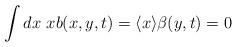
LaTeX: \begin{align*} \int dx \ xb(x,y,t)=\langle x \rangle\beta(y,t)=0\end{align*}